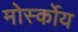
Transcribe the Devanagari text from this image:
मोर्स्कोय